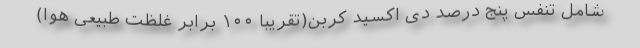
شامل تنفس پنج درصد دی اکسید کربن(تقریباً ۱۰۰ برابر غلظت طبیعی هوا)